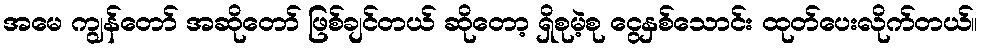
အမေ ကျွန်တော် အဆိုတော် ဖြစ်ချင်တယ် ဆိုတော့ ရှိစုမဲ့စု ငွေနှစ်သောင်း ထုတ်ပေးလိုက်တယ်။